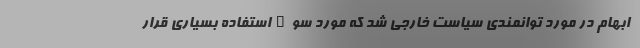
ابهام در مورد توانمندی سیاست خارجی شد که مورد سوءاستفاده بسیاری قرار